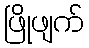
ဖြိုဖျက်